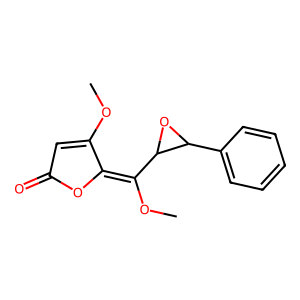
SMILES: COC1=CC(=O)OC1=C(OC)C1OC1c1ccccc1
Inhibits HIV replication: No